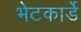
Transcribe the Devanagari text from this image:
भेटकार्डे